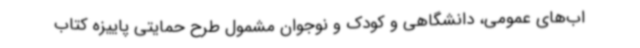
اب‌های عمومی، دانشگاهی و کودک و نوجوان مشمول طرح حمایتی پاییزه کتاب